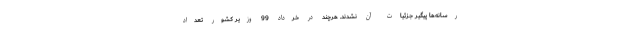
رسانه‌ها پیگیر جزئیات آن نشدند. هرچند در خرداد 99 وزیر کشور تعداد